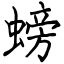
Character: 螃